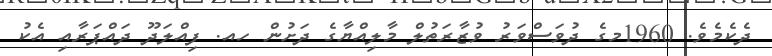
ދެކެމެވެ. 1960މގެ ދުވަސްވަރު ވުޒާރަތުލް މާލިއްޔާގެ ދަށުން ހއ. ފިއްލަދޫ ދައްޕަރާއި އެކު